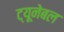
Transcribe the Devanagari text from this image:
ट्यूनेबल